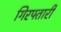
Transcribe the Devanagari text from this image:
गिरफ्तारी